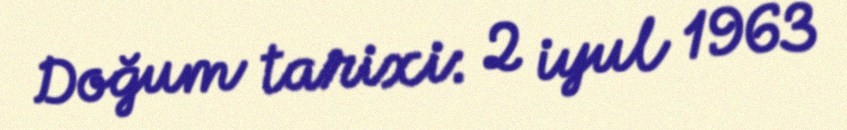
Doğum tarixi: 2 iyul 1963